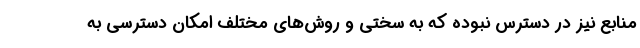
منابع نیز در دسترس نبوده که به سختی و روش‌های مختلف امکان دسترسی به